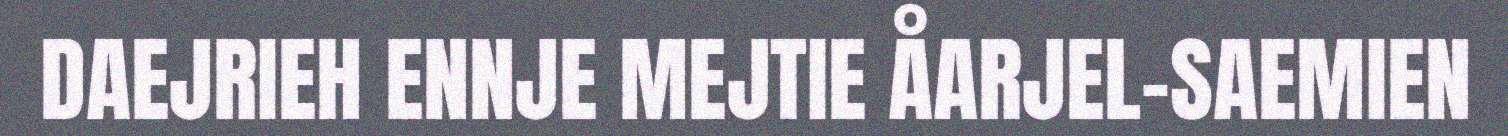
DAEJRIEH ENNJE MEJTIE ÅARJEL-SAEMIEN